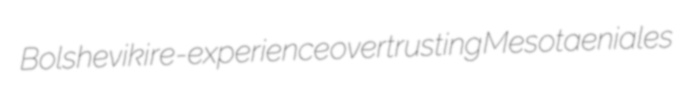
Bolsheviki re-experience overtrusting Mesotaeniales